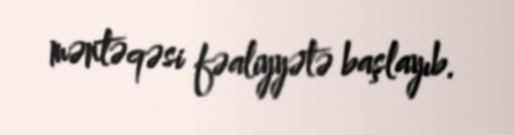
məntəqəsi fəaliyyətə başlayıb.